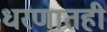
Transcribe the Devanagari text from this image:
धरणातही